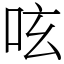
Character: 呟